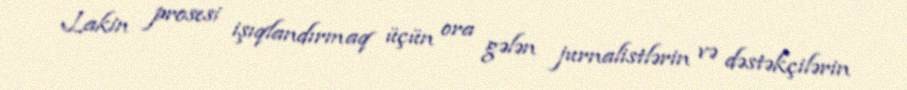
Lakin prosesi işıqlandırmaq üçün ora gələn jurnalistlərin və dəstəkçilərin